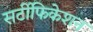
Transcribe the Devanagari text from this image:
सर्टीफिकेशन